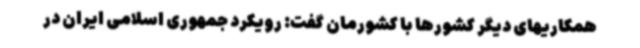
همکاریهای دیگر کشورها با کشورمان گفت: رویکرد جمهوری اسلامی ایران در